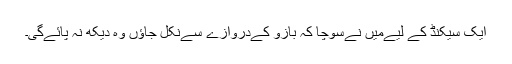
ایک سیکنڈ کے لیےمیں نےسوچا کہ بازو کےدروازے سےنکل جاؤں وہ دیکھ نہ پائےگی۔